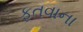
ફતવાના